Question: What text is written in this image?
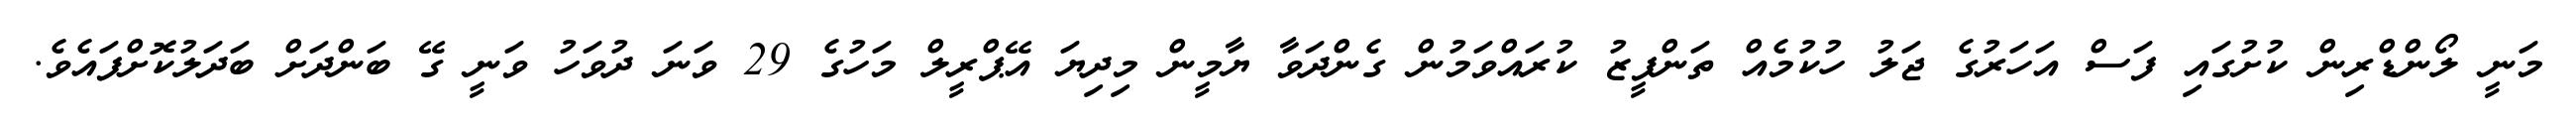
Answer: މަނީ ލޯންޑްރިން ކުށުގައި ފަސް އަހަރުގެ ޖަލު ހުކުމެއް ތަންފީޒު ކުރައްވަމުން ގެންދަވާ ޔާމީން މިދިޔަ އޭޕްރީލް މަހުގެ 29 ވަނަ ދުވަހު ވަނީ ގޭ ބަންދަށް ބަދަލުކޮށްފައެވެ.